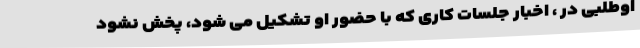
اوطلبی در ، اخبار جلسات کاری که با حضور او تشکیل می شود، پخش نشود